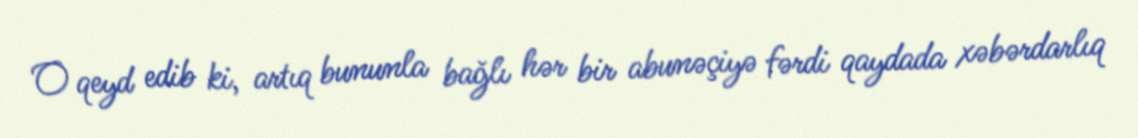
O qeyd edib ki, artıq bununla bağlı hər bir abunəçiyə fərdi qaydada xəbərdarlıq